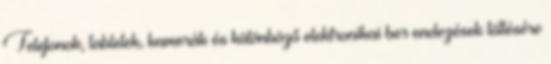
Telefonok, tabletek, kamerák és különböző elektronikai ber endezések töltésére